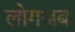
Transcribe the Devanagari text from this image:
लोगजब